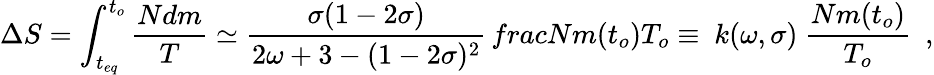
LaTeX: \Delta S=\int_{t_{eq}}^{t_{o}}\frac{Ndm}{T}\simeq\frac{\sigma(1-2\sigma)}{2\omega+3-(1-2\sigma)^{2}}\, frac{Nm(t_{o})}{T_{o}}\equiv\ k(\omega,\sigma)\ \frac{Nm(t_{o})}{T_{o}}\ \ ,